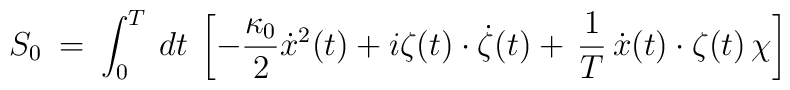
S_0 \> = \> \int_0^T \> dt \>\left [-\frac{\kappa_0}{2} \dot{x}^2(t) + i \zeta(t) \cdot \dot \zeta(t) +\,\frac{1}{T} \,\dot x(t) \cdot \zeta(t) \, \chi \right ]